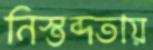
নিস্তব্দতায়